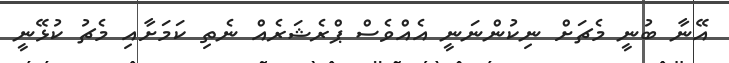
އޭނާ ބުނީ މެޗަށް ނިކުންނަނީ އެއްވެސް ޕްރެޝަރެއް ނެތި ކަމަށާއި މެޗު ކުޅޭނީ